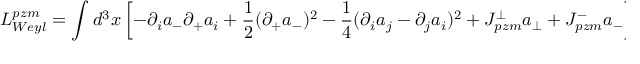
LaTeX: L _ { W e y l } ^ { p z m } = \int d ^ { 3 } { x } \left[ - \partial _ { i } a _ { - } \partial _ { + } a _ { i } + \frac 1 2 ( \partial _ { + } a _ { - } ) ^ { 2 } - \frac 1 4 ( \partial _ { i } a _ { j } - \partial _ { j } a _ { i } ) ^ { 2 } + J _ { p z m } ^ { \perp } a _ { \perp } + J _ { p z m } ^ { - } a _ { - } \right] \; ,